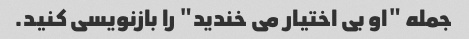
جمله "او بی اختیار می خندید" را بازنویسی کنید.